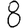
Digit: 8